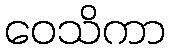
ဝေသိကာ